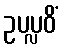
ဥပပ္လဝိံ